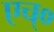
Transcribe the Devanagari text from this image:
एच्‌०